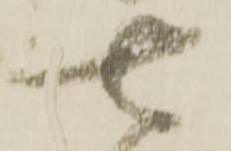
七